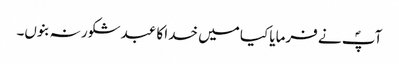
آپؐ نے فرمایا کیا میں خدا کا عبد شکور نہ بنوں۔